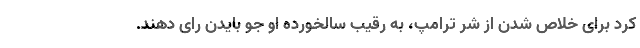
کرد برای خلاص شدن از شر ترامپ، به رقیب سالخورده او جو بایدن رای دهند.